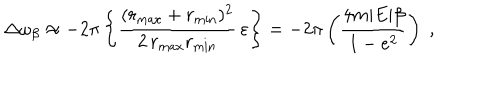
\Delta \omega _ { \beta } \approx - 2 \pi \left\{ \frac { ( r _ { \max } + r _ { \min } ) ^ { 2 } } { 2 \, r _ { \max } r _ { \min } } \, \varepsilon \right\} = - 2 \pi \left( \frac { 4 m | E | \beta } { 1 - e ^ { 2 } } \right) \; ,